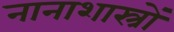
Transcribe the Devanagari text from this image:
नानाशास्त्रों